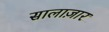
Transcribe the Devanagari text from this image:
सालाज़ार